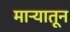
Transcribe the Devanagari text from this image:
मार्‍यातून